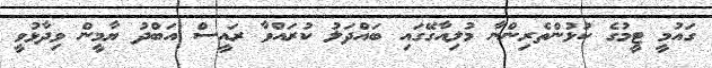
ގައުމީ ޓީމުގެ ކުޅުންތެރިންނާ މުލިއާގޭގައި ބައްދަލު ކުރައްވާ ރައީސް އަބްދު ޔާމީން ވިދާޅުވީ